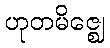
ဟုတမိဇ္ဈေ